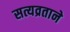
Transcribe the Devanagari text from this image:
सत्यव्रताने